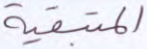
المتبقية